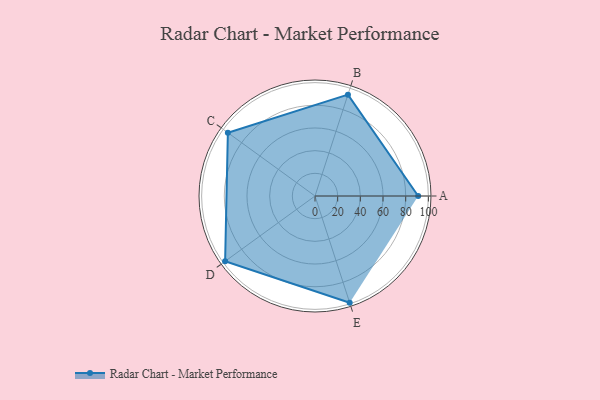
{"axis": {"x": "Skill", "y": "Score"}, "legend": ["Profile"], "data": [{"x": "A", "y": 91.0, "type": "Profile"}, {"x": "B", "y": 94.0, "type": "Profile"}, {"x": "C", "y": 95.0, "type": "Profile"}, {"x": "D", "y": 98.0, "type": "Profile"}, {"x": "E", "y": 99, "type": "Profile"}]}